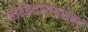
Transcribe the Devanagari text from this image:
जोडिदाराबरोबर